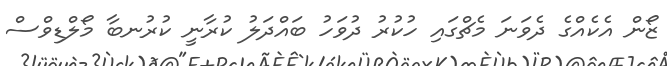
ޒޯން އެކެއްގެ ދެވަނަ މެޗްގައި ހުކުރު ދުވަހު ބައްދަލު ކުރާނީ ކުރުނބާ މޯލްޑިވްސް